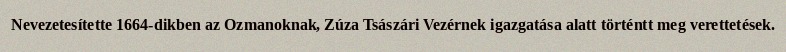
Nevezetesítette 1664-dikben az Ozmanoknak, Zúza Tsászári Vezérnek igazgatása alatt történtt meg verettetések.